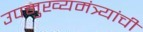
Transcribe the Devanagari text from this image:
उपमुख्यमंत्र्यांची